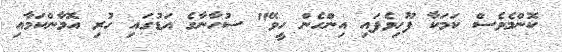
ކޮންމެވެސް ކަމަކާ ފޫހިވެފައި އިންހެން ހީވޭ" ސުހާނާގެ އަޑުގައި ހުރި އޮމާންކަމާއި